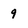
Character: 9